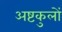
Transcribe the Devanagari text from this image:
अष्टकुलों